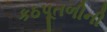
કઠપૂતળીની